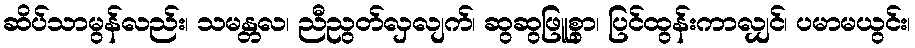
ဆိပ်သာမွန်လည်း၊ သမန္တလ၊ ညီညွတ်လှလျက်၊ ဆွဆွဖြူစွာ၊ ပြင်ထွန်းကာလျှင်၊ ပမာမယွင်း၊